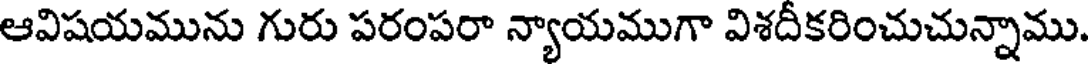
ఆవిషయమును గురు పరంపరా న్యాయముగా విశదీకరించుచున్నాము.